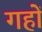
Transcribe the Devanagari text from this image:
गहों